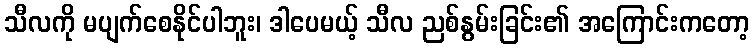
သီလကို မပျက်စေနိုင်ပါဘူး၊ ဒါပေမယ့် သီလ ညစ်နွမ်းခြင်း၏ အကြောင်းကတော့